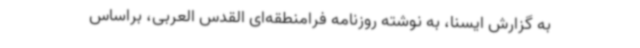
به گزارش ایسنا، به نوشته روزنامه فرامنطقه‌ای القدس العربی، براساس